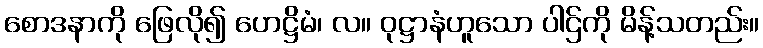
စောဒနာကို ဖြေလို၍ ဟေဋ္ဌိမံ၊ လ။ ဝုဋ္ဌာနံဟူသော ပါဌ်ကို မိန့်သတည်း။